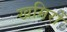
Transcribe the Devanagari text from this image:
खमिरों